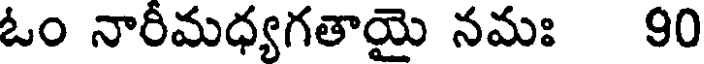
ఓం నారీమధ్యగతాయై నమః 90